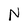
Character: N